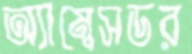
অ্যাম্বেসডর